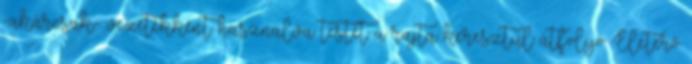
-akárcsak- vezetékként használva testét a rajta keresztül átfolyó Életerő